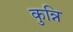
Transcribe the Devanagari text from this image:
कुन्नि